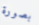
بصورة